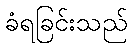
ခံရခြင်းသည်